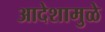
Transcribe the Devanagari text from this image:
आदेशामुळे